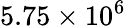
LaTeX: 5.75\times 10^{6}